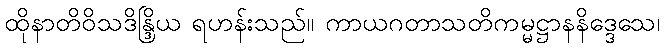
ထိုနာတိဝိသဒိန္ဒြိယ ရဟန်းသည်။ ကာယဂတာသတိကမ္မဋ္ဌာနနိဒ္ဒေသေ၊